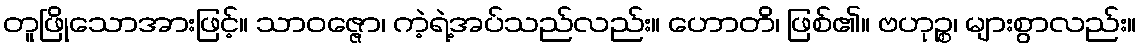
တူဖြိုသောအားဖြင့်။ သာဝဇ္ဇော၊ ကဲ့ရဲ့အပ်သည်လည်း။ ဟောတိ၊ ဖြစ်၏။ ဗဟုဉ္စ၊ များစွာလည်း။